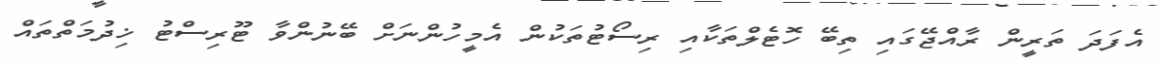
އެފަދަ ތަރީން ރާއްޖޭގައި ތިބޭ ހޮޓެލްތަކާއި ރިސޯޓުތަކުން އެމީހުންނަށް ބޭނުންވާ ޓޫރިސްޓު ޚިދުމަތްތައް